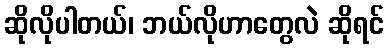
ဆိုလိုပါတယ်၊ ဘယ်လိုဟာတွေလဲ ဆိုရင်